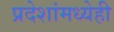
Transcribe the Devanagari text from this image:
प्रदेशांमध्येही